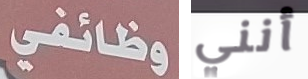
وظائفي أنني